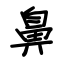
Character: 鼻